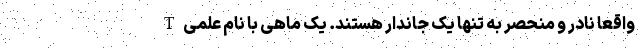
واقعا نادر و منحصر به تنها یک جاندار هستند. یک ماهی با نام علمی T